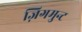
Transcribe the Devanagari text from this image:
ज़िगमुन्ट